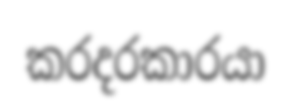
කරදරකාරයා